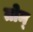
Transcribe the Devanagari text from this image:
तोम्